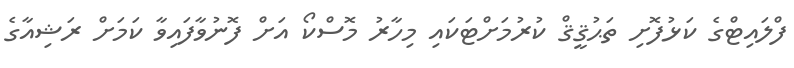
ފްލައިޓްގެ ކަޅުފޮށި ތަޙުޤީޤް ކުރުމަށްޓަކައި މިހާރު މޮސްކޯ އަށް ފޮނުވާފައިވާ ކަމަށް ރަޝިއާގެ